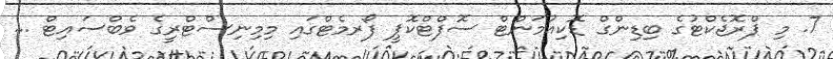
7. މި ޕްރޮޖެކްޓުގެ ބިޑިންގް ޑޮކިއުމަންޓް ސޮފްޓްކޮޕީ ފޯރމެޓްގައި މިމިނިސްޓްރީގެ ވެބްސައިޓް ...